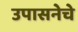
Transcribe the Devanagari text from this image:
उपासनेचे